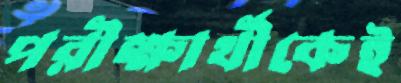
পরীক্ষার্থীকেই